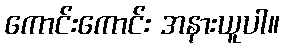
ကောင်းကောင်း အနားယူပါ။